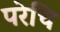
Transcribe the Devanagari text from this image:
परेचि